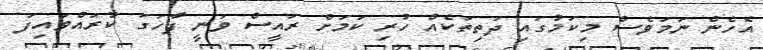
އެހެން ނަމަވެސް މިކަމުގައި ދަތިތަކެއް ހުރި ކަމަށް ރައީސް ވަނީ ފާހަގަ ކުރައްވައިފަ